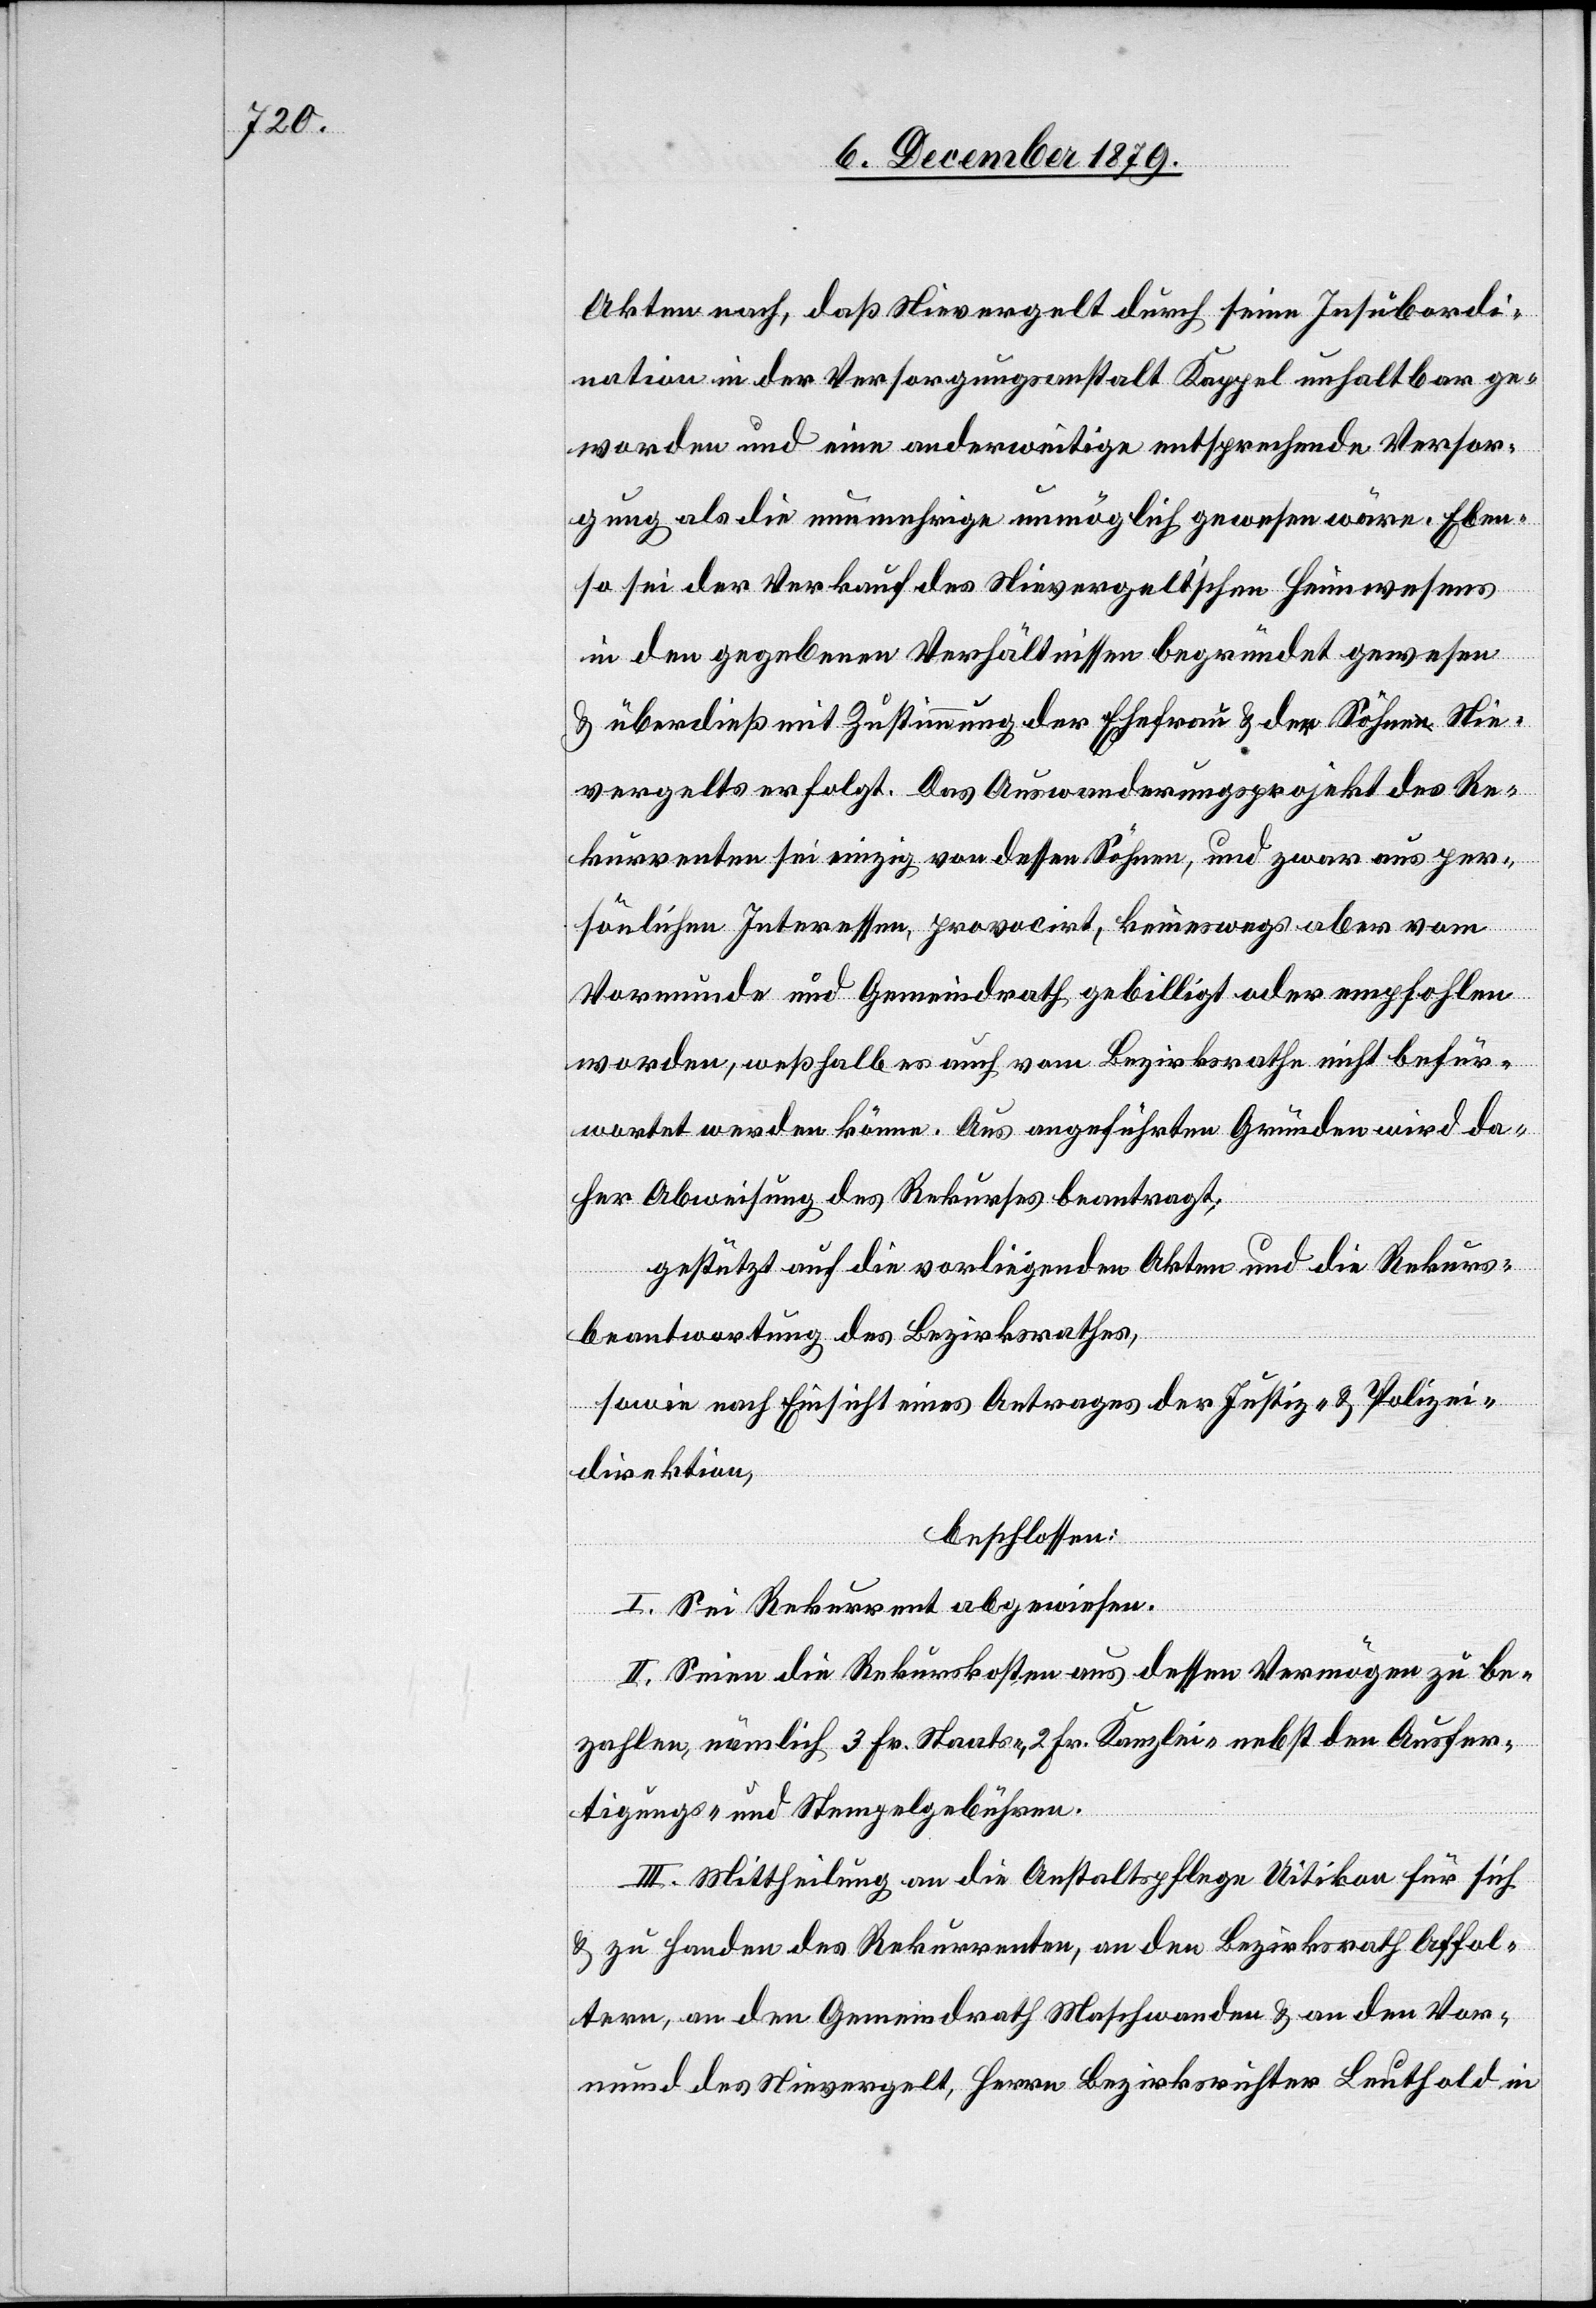
Akten nach, daß Nievergelt durch seine Insubordi¬
nation in der Versorgungsanstalt Kappel unhaltbar ge¬
worden und eine anderweitige entsprechende Versor¬
gung als die nunmehrige unmöglich gewesen wäre. Eben¬
so sei der Verkauf des Nievergelt’schen Heimwesens
in den gegebenen Verhältnissen begründet gewesen
& überdies mit Zustimmung der Ehefrau & der Söhne Nie¬
vergelts erfolgt. Das Auswanderungsprojekt des Re¬
kurrenten sei einzig von dessen Söhnen, und zwar aus per¬
sönlichen Interessen, provocirt, keineswegs aber vom
Vormunde und Gemeindrath gebilligt oder empfohlen
worden, weßhalb es auch vom Bezirksrathe nicht befür¬
wortet werden könne. Aus angeführten Gründen wird da¬
her Abweisung des Rekurses beantragt;
gestützt auf die vorliegenden Akten und die Rekurs¬
beantwortung des Bezirksrathes,
sowie nach Einsicht eines Antrages der Justiz- & Polizei¬
direktion,
beschlossen:
I. Sei Rekurrent abgewiesen.
II. Seien die Rekurskosten aus dessen Vermögen zu be¬
zahlen, nämlich 3 Fr. Staats-, 2 Fr. Kanzlei- nebst den Ausfer¬
tigungs- und Stempelgebühren.
III. Mittheilung an die Anstaltspflege Uitikon für sich
& zu Handen des Rekurrenten, an den Bezirksrath Affol¬
tern, an den Gemeindrath Maschwanden & an den Vor¬
mund des Nievergelt, Herrn Bezirksrichter Leuthold in